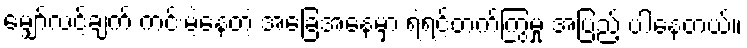
မျှော်လင့်ချက် ကင်းမဲ့နေတဲ့ အခြေအနေမှာ ရဲရင့်တက်ကြွမှု အပြည့် ပါနေတယ်။